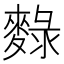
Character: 𪍄